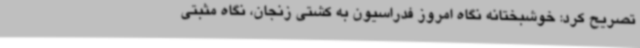
تصریح کرد: خوشبختانه نگاه امروز فدراسیون به کشتی زنجان، نگاه مثبتی